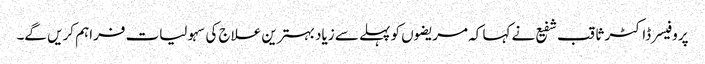
پروفیسر ڈاکٹر ثاقب شفیع نے کہا کہ مریضوں کو پہلے سے زیاد بہترین علاج کی سہولیات فراہم کریں گے۔